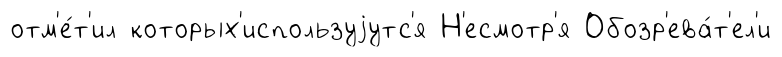
отм'е́т'ил которых'используjутс'я Н'есмотр'я Обозр'ева́т'ел'и